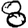
Digit: 8